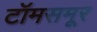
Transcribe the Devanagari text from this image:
टॉमसमूर